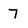
Character: 7